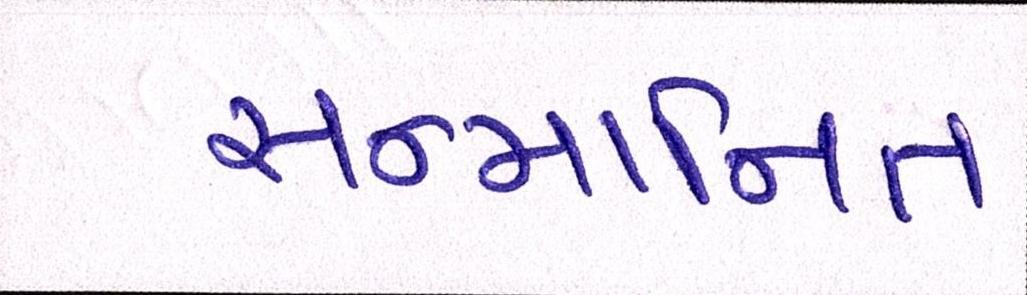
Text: સન્માનિત